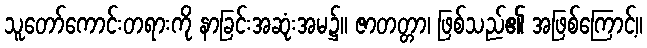
သူတော်ကောင်းတရားကို နာခြင်းအဆုံးအမ၌။ ဇာတတ္တာ၊ ဖြစ်သည်၏ အဖြစ်ကြောင့်။